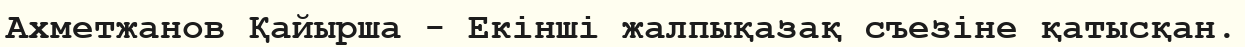
Ахметжанов Қайырша - Екінші жалпықазақ съезіне қатысқан.